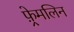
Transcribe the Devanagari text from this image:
फ़्रेमलिन